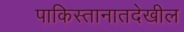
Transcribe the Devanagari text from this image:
पाकिस्तानातदेखील